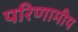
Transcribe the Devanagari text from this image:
परिणामीय